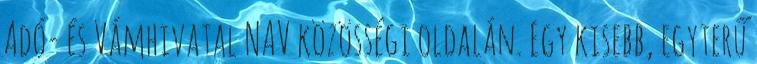
Adó- és Vámhivatal NAV közösségi oldalán. Egy kisebb, egyterű